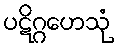
ပဋိဂ္ဂဟေသုံ